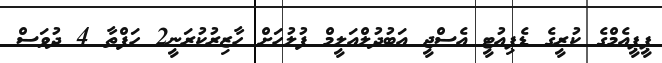
ޕީޕީއެމްގެ ކުރީގެ ޑެޕިއުޓީ އެސްޖީ އަބުދުލްއަލީމް ފުލުހަށް ހާޒިރުކުރަނީ2 ހަފްތާ 4 ދުވަސް